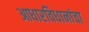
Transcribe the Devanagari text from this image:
आधारविधानांचा